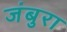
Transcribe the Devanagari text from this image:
जंबुरा